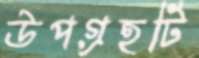
উপগ্রহটি